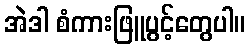
အဲဒါ စံကားဖြူပွင့်တွေပါ။